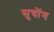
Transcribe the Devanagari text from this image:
सुचोंग